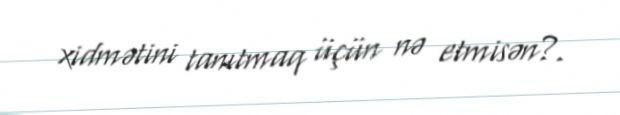
xidmətini tanıtmaq üçün nə etmisən?.